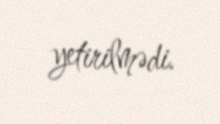
yetirilmədi.